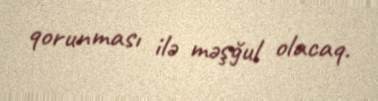
qorunması ilə məşğul olacaq.